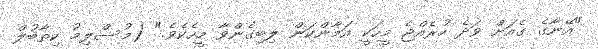
"އޭނާގެ ގެއަށް ވަދެ ހުރެއްޖެ މީހަކީ އަމާންކަން ލިބިގެންވާ މީހެކެވެ." (މުސްލިމު ކިތާބުލް